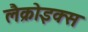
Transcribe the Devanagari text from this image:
लैक्रोइक्स